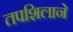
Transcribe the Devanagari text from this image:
तपशिलाने